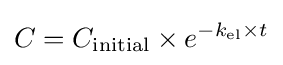
C=C_{\text{initial}}\times e^{-k_{\text{el}}\times t}